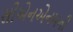
સીએનએનમની